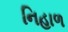
નિહાળ